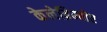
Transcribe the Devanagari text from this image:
केलेब्रिम्बोर